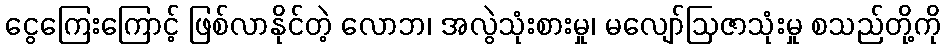
ငွေကြေးကြောင့် ဖြစ်လာနိုင်တဲ့ လောဘ၊ အလွဲသုံးစားမှု၊ မလျော်ဩဇာသုံးမှု စသည်တို့ကို